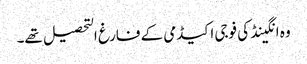
وہ انگینڈ کی فوجی اکیڈمی کے فارغ التحصیل تھے۔